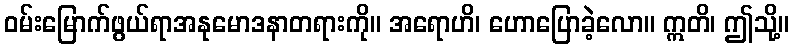
ဝမ်းမြောက်ဖွယ်ရာအနုမောဒနာတရားကို။ အရောဟိ၊ ဟောပြောခဲ့လော။ ဣတိ၊ ဤသို့။